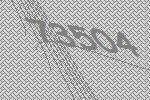
73504